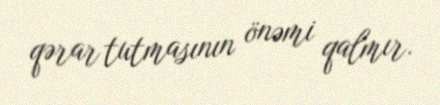
qərar tutmasının önəmi qalmır.